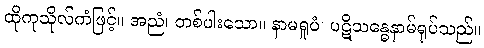
ထိုကုသိုလ်ကံဖြင့်။ အညံ၊ တစ်ပါးသော။ နာမရူပံ၊ ပဋိသန္ဓေနာမ်ရုပ်သည်။